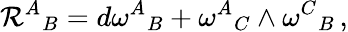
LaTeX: \mathcal{R}^{A}{}_{B}=d\omega^{A}{}_{B}+\omega^{A}{}_{C}\wedge\omega^{C}{}_{B}\, ,